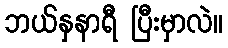
ဘယ်နှနာရီ ပြီးမှာလဲ။